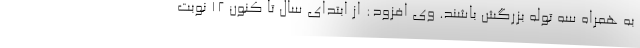
به همراه سه توله بزرگش باشند. وی افزود: از ابتدای سال تا کنون ۱۲ نوبت